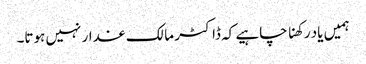
ہمیں یاد رکھنا چاہیے کہ ڈاکٹر مالک غدار نہیں ہوتا۔